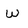
Character: w